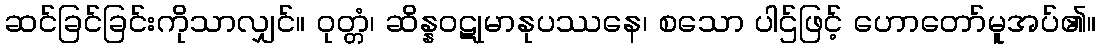
ဆင်ခြင်ခြင်းကိုသာလျှင်။ ဝုတ္တံ၊ ဆိန္နဝဋုမာနုပဿနေ၊ စသော ပါဌ်ဖြင့် ဟောတော်မူအပ်၏။